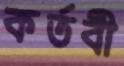
কর্তবী